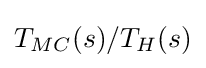
T_{MC}(s)/T_{H}(s)